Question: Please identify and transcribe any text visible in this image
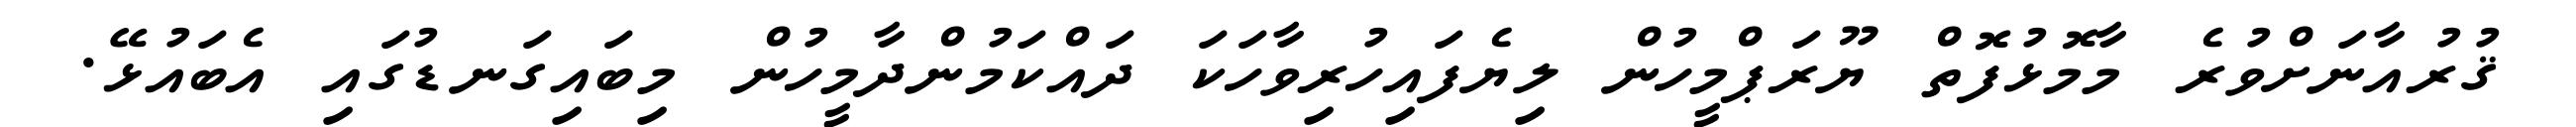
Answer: ޤުރުއާނަށްވުރެ މާމޮޅުފޮތް ޔޫރަޕްމީހުން ލިޔެފައިހުރިވާހަކަ ދައްކަމުންދާމީހުން މިބައިގަނޑުގައި އެބައުޅޭ.